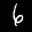
Label: 6